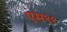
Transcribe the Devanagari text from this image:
एम९९